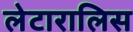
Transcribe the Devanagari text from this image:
लेटारालिस